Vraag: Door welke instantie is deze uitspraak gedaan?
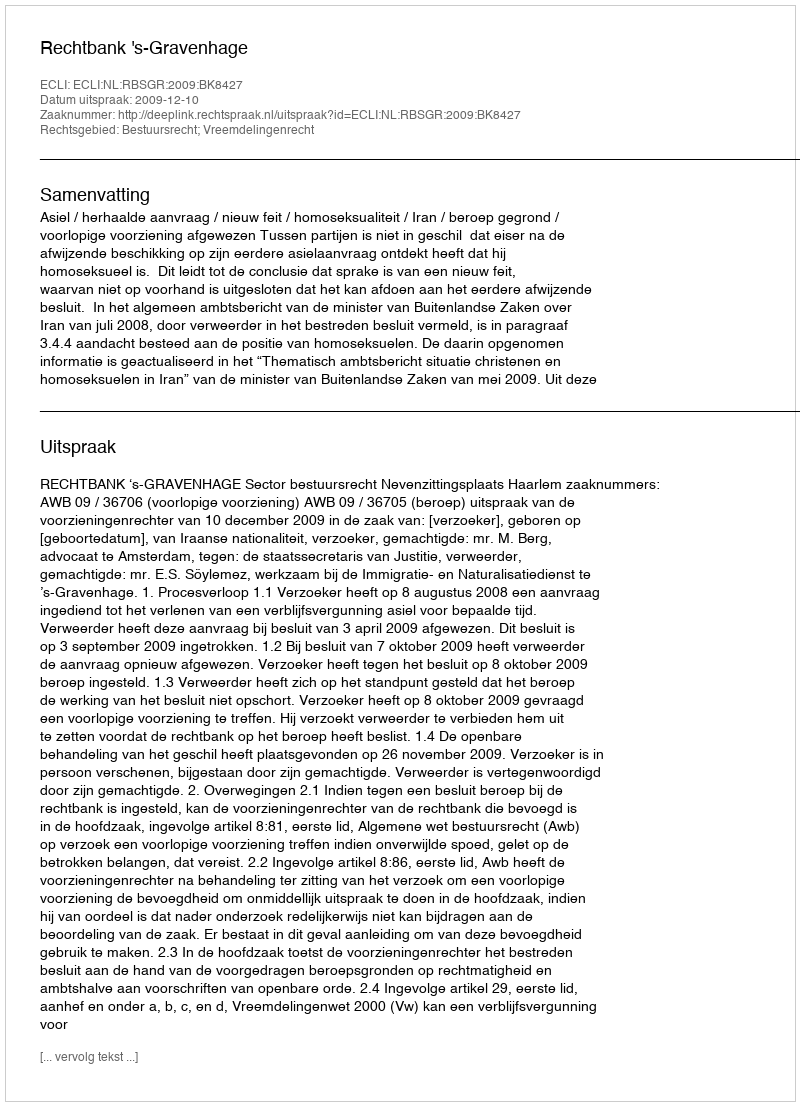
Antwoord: Rechtbank 's-Gravenhage